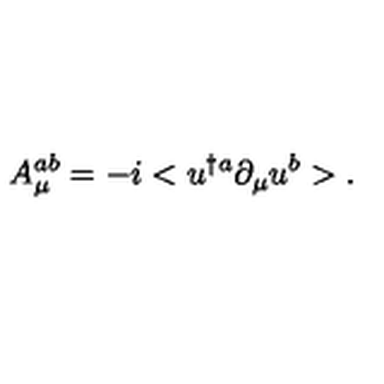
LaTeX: A _ { \mu } ^ { a b } = - i < u ^ { \dagger a } \partial _ { \mu } u ^ { b } > .